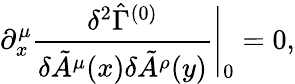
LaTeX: \partial_{x}^{\mu}\frac{\delta^{2}\hat{\Gamma}^{(0)}}{\delta\tilde{A}^{\mu}(x)\delta\tilde{A}^{\rho}(y)}\Bigg|_{0}=0,